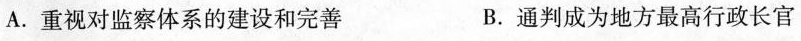
A.重视对监察体系的建设和完善 B.通判成为地方最高行政长官